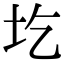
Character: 圪